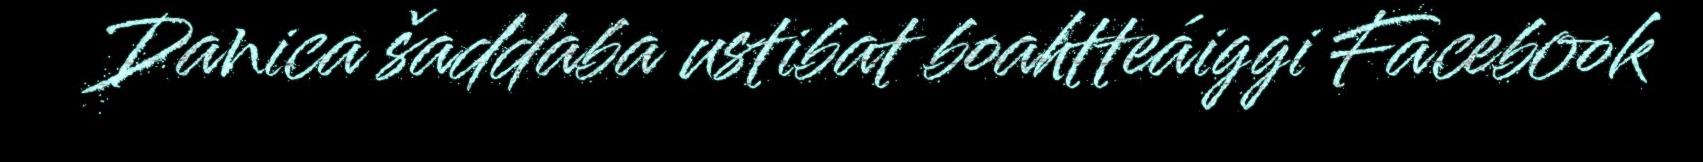
Danica šaddaba ustibat boahtteáiggi Facebook